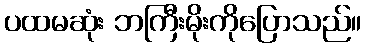
ပထမဆုံး ဘကြီးမိုးကိုပြောသည်။